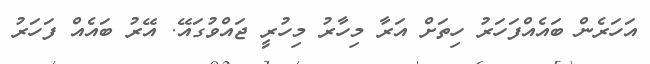
އަހަރެން ބައެއްފަހަރު ހިތަށް އަރާ މިހާރު މިހުރީ ޖައްވުގައޭ. އޭރު ބައެއް ފަހަރު